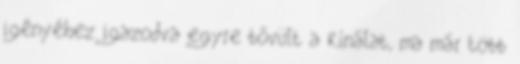
igényéhez igazodva egyre bővült a kínálat, ma már több